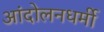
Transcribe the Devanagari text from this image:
आंदोलनधर्मी